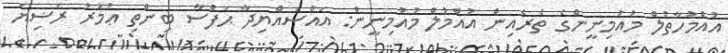
އުއްމުހާތުލް މުއުމިނީންގެ ތެރެއިން އުއްމުލް މުއުމިނީން: އައްސައްޔިދާ ޙަފްސާ ބިންތި ޢުމަރު ރަޟިޔަ